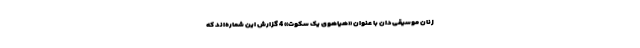
زنان موسیقی‌دان با عنوان «هیاهوی یک سکوت» 4 گزارش این شماره‌اند که